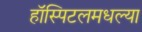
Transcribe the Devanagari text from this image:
हॉस्पिटलमधल्या